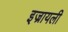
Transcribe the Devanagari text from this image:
इज्रायली